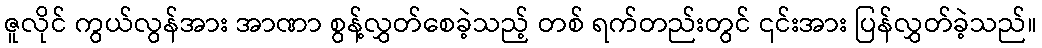
ဇူလိုင် ကွယ်လွန်အား အာဏာ စွန့်လွှတ်စေခဲ့သည့် တစ် ရက်တည်းတွင် ၎င်းအား ပြန်လွှတ်ခဲ့သည်။